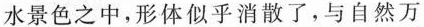
水景色之中，形体似乎消散了，与自然万